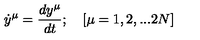
{ \dot { y } } ^ { \mu } = { \frac { d y ^ { \mu } } { d t } } ; \quad [ \mu = 1 , 2 , . . . 2 N ]